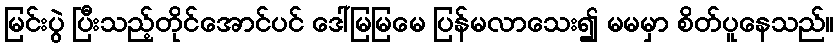
မြင်းပွဲ ပြီးသည့်တိုင်အောင်ပင် ဒေါ်မြမြမေ ပြန်မလာသေး၍ မမမှာ စိတ်ပူနေသည်။